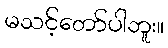
မသင့်တော်ပါဘူး။